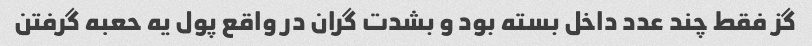
گز فقط چند عدد داخل بسته بود و بشدت گران در واقع پول یه حعبه گرفتن